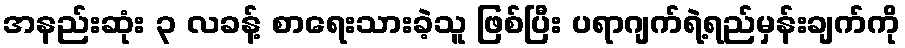
အနည်းဆုံး ၃ လခန့် စာရေးသားခဲ့သူ ဖြစ်ပြီး ပရာဂျက်ရဲ့ရည်မှန်းချက်ကို